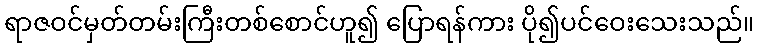
ရာဇဝင်မှတ်တမ်းကြီးတစ်စောင်ဟူ၍ ပြောရန်ကား ပို၍ပင်ဝေးသေးသည်။